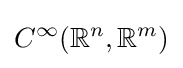
C^{\infty }({\mathbb {R} }^{n},{\mathbb {R} }^{m})